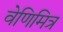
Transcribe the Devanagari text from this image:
वेणिमित्र